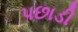
પછાડી